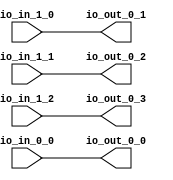
// Copyright (c) 2017, Microsemi Corporation
// All rights reserved.
//
// Redistribution and use in source and binary forms, with or without
// modification, are permitted provided that the following conditions are met:
//     * Redistributions of source code must retain the above copyright
//       notice, this list of conditions and the following disclaimer.
//     * Redistributions in binary form must reproduce the above copyright
//       notice, this list of conditions and the following disclaimer in the
//       documentation and/or other materials provided with the distribution.
//     * Neither the name of the <organization> nor the
//       names of its contributors may be used to endorse or promote products
//       derived from this software without specific prior written permission.
//
// THIS SOFTWARE IS PROVIDED BY THE COPYRIGHT HOLDERS AND CONTRIBUTORS "AS IS" AND
// ANY EXPRESS OR IMPLIED WARRANTIES, INCLUDING, BUT NOT LIMITED TO, THE IMPLIED
// WARRANTIES OF MERCHANTABILITY AND FITNESS FOR A PARTICULAR PURPOSE ARE
// DISCLAIMED. IN NO EVENT SHALL MICROSEMI CORPORATIONM BE LIABLE FOR ANY
// DIRECT, INDIRECT, INCIDENTAL, SPECIAL, EXEMPLARY, OR CONSEQUENTIAL DAMAGES
// (INCLUDING, BUT NOT LIMITED TO, PROCUREMENT OF SUBSTITUTE GOODS OR SERVICES;
// LOSS OF USE, DATA, OR PROFITS; OR BUSINESS INTERRUPTION) HOWEVER CAUSED AND
// ON ANY THEORY OF LIABILITY, WHETHER IN CONTRACT, STRICT LIABILITY, OR TORT
// (INCLUDING NEGLIGENCE OR OTHERWISE) ARISING IN ANY WAY OUT OF THE USE OF THIS
// SOFTWARE, EVEN IF ADVISED OF THE POSSIBILITY OF SUCH DAMAGE.
//
// APACHE LICENSE
// Copyright (c) 2017, Microsemi Corporation 
//
// Licensed under the Apache License, Version 2.0 (the "License");
// you may not use this file except in compliance with the License.
// You may obtain a copy of the License at
//
//    http://www.apache.org/licenses/LICENSE-2.0
//
// Unless required by applicable law or agreed to in writing, software
// distributed under the License is distributed on an "AS IS" BASIS,
// WITHOUT WARRANTIES OR CONDITIONS OF ANY KIND, either express or implied.
// See the License for the specific language governing permissions and
// limitations under the License.
//
// Description:
//
// SVN Revision Information:
// SVN $Revision: $
// SVN $Date: $
//
// Resolved SARs
// SAR      Date     Who   Description
//
// Notes:
//
// ****************************************************************************/
`define RANDOMIZE
`timescale 1ns/10ps
module PROC_SUBSYSTEM_MIV_RV32IMA_L1_AHB_0_MIV_RV32IMA_L1_AHB_INT_XBAR_INT_XBAR(
  input   io_in_1_0,
  input   io_in_1_1,
  input   io_in_1_2,
  input   io_in_0_0,
  output  io_out_0_0,
  output  io_out_0_1,
  output  io_out_0_2,
  output  io_out_0_3
);
  assign io_out_0_0 = io_in_0_0;
  assign io_out_0_1 = io_in_1_0;
  assign io_out_0_2 = io_in_1_1;
  assign io_out_0_3 = io_in_1_2;
endmodule